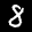
Label: 8